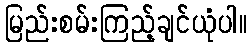
မြည်းစမ်းကြည့်ချင်ယုံပါ။